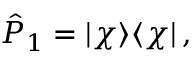
\hat { P } _ { 1 } = | \chi \rangle \langle \chi | \, ,